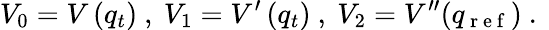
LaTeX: V_{0}=V\left(q_{t}\right)\mathrm{~,~}V_{1}=V^{\prime}\left(q_{t}\right)\mathrm{~,~}V_{2}=V^{\prime\prime}(q_{\mathrm{~r~e~f~}})\mathrm{~.~}